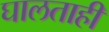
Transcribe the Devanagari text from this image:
घालताही